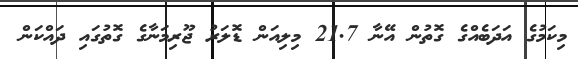
މިކަމުގެ އަދަބެއްގެ ގޮތުން އޭނާ 21.7 މިލިއަން ޑޮލަރު ޖޫރިމަނާގެ ގޮތުގައި ދައްކަން